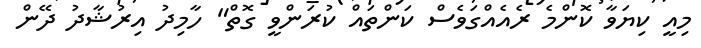
މިއީ ކިޔަވާ ކޮންމެ ރެއެއްގަވެސް ކަންތައް ކުރަންވީ ގޮތް" ހާމިދު އިރުޝާދު ދޭން